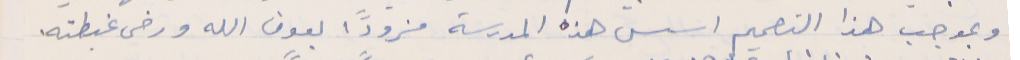
وبموجب هذا التصميم اسس هذه المدرسة مزوداً بعون الله ورضى غبطته.